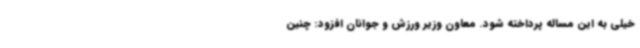
خیلی به این مساله پرداخته شود. معاون وزیر ورزش و جوانان افزود: چنین